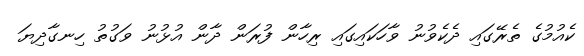
ކެއުމުގެ ތެރޭގައި ދެކެވުނު ވާހަކައިގައި ރިހާން ފުރަން ދާން އުޅުނު ވަގުތު ހިނގާދިޔަ